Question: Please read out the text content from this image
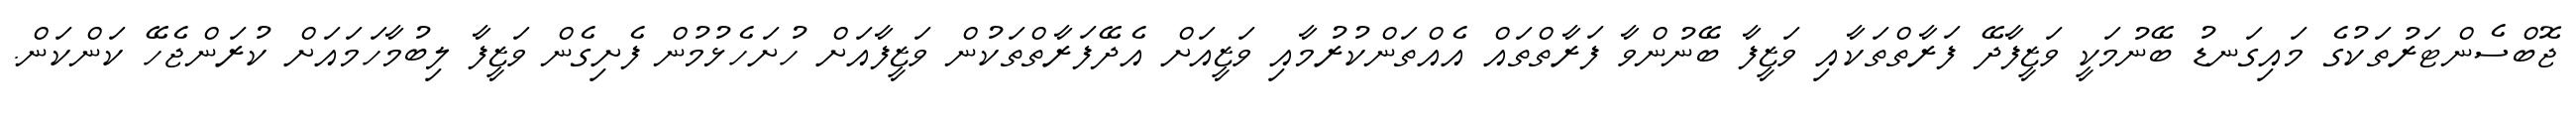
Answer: ޖޮބްސެންޓަރުތަކުގެ މައިގަނޑު ބޭނުމަކީ ވަޒީފާދޭ ފަރާތްތަކާއި ވަޒީފާ ބޭނުންވާ ފަރާތްތައް އެއްތަންކުރުމާއި ވަޒީއަށް އެދޭފަރާތްތަކުން ވަޒީފާއަށް ހުށަހެޅުމުން ފެށިގެން ވަޒީފާ ލިބުމާހަމައަށް ކުރަންޖެހޭ ކަންކަން.